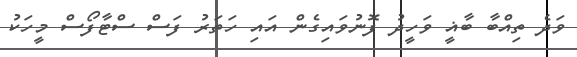
ވަދެ ތިއްބާ ބާޣީ ވަހީދު ފޮނުވައިގެން އައި ހަތަރު ފަސް ސްޓާފޯސް މީހަކު